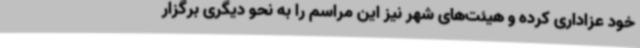
خود عزاداری کرده و هیئت‌های شهر نیز این مراسم را به نحو دیگری برگزار